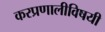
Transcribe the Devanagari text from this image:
करप्रणालीविषयी